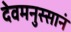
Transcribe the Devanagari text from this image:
देवमनुस्सानं